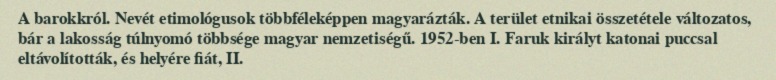
A barokkról. Nevét etimológusok többféleképpen magyarázták. A terület etnikai összetétele változatos, bár a lakosság túlnyomó többsége magyar nemzetiségű. 1952-ben I. Faruk királyt katonai puccsal eltávolították, és helyére fiát, II.